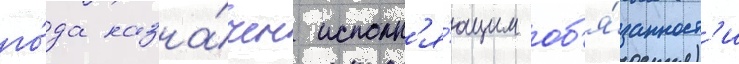
го́да назна́чен исполн'я́ющим об'я́занност'и